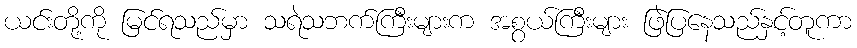
ယင်းတို့ကို မြင်ရသည်မှာ သရဲသဘက်ကြီးများက အစွယ်ကြီးများ ဖြဲပြနေသည်နှင့်တူကာ